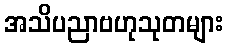
အသိပညာဗဟုသုတများ